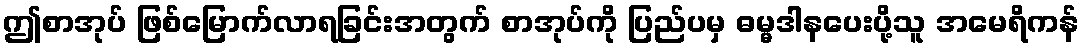
ဤစာအုပ် ဖြစ်မြောက်လာရခြင်းအတွက် စာအုပ်ကို ပြည်ပမှ ဓမ္မဒါနပေးပို့သူ အမေရိကန်